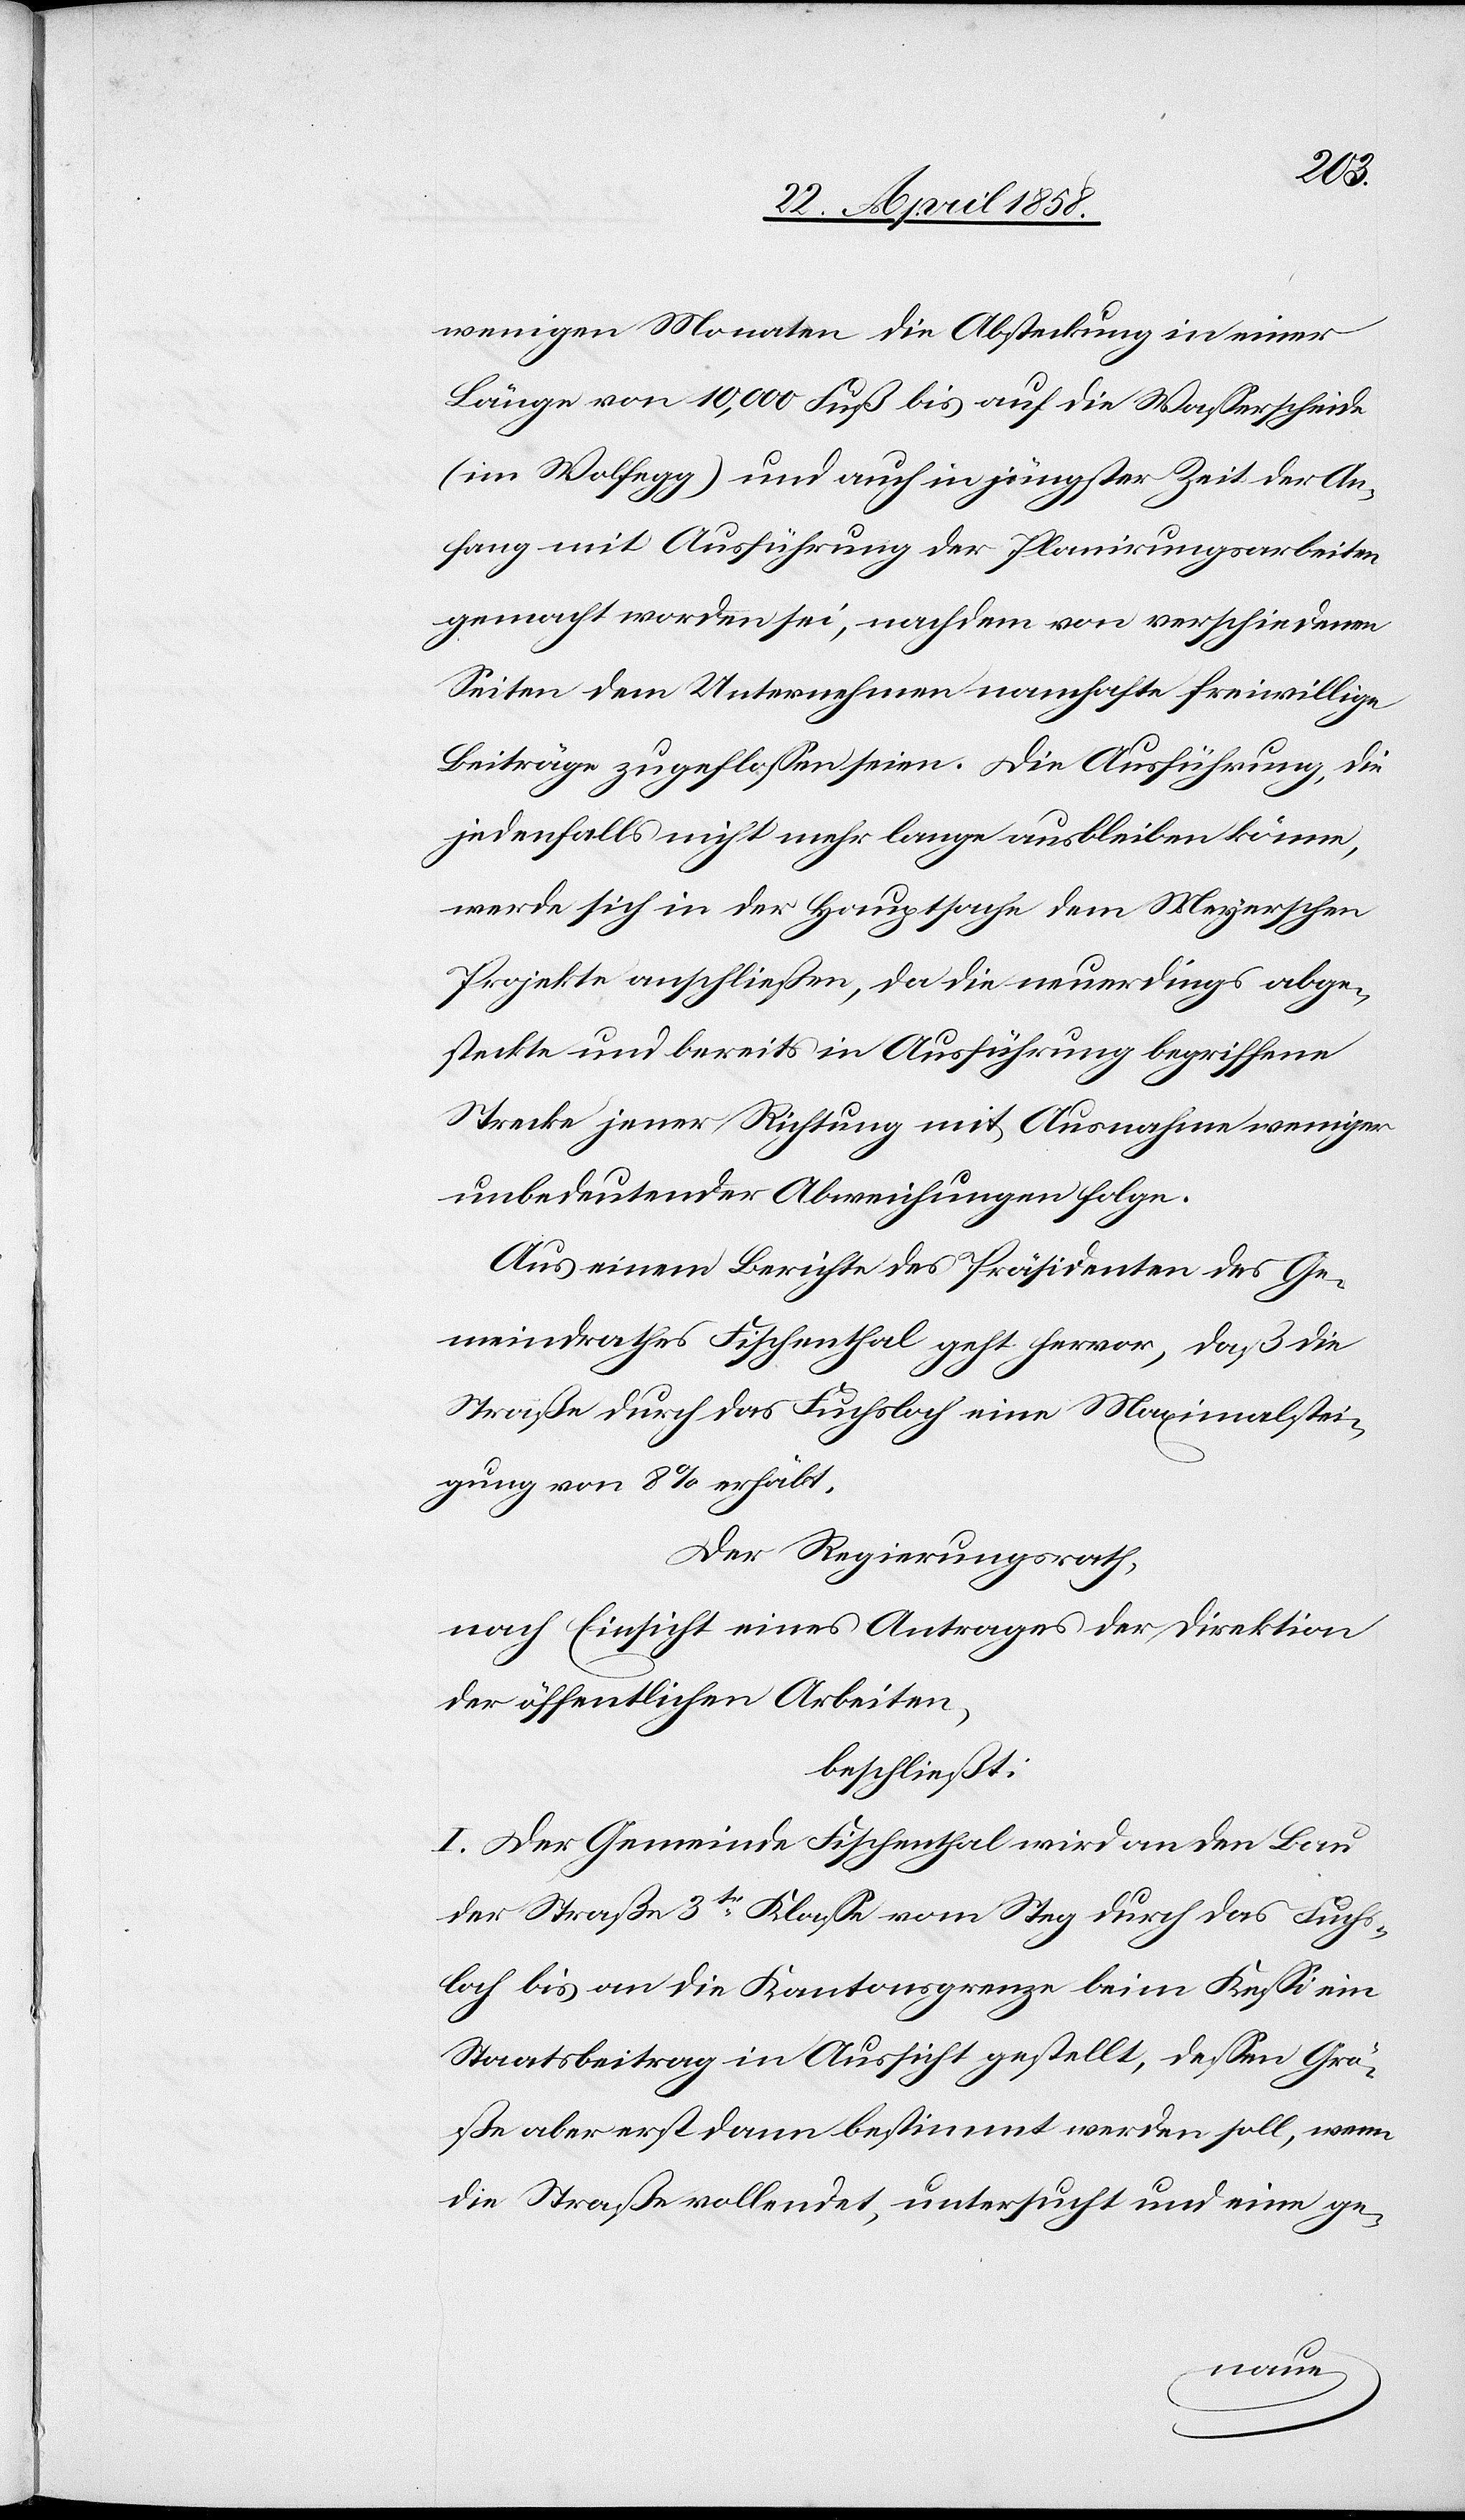
wenigen Monaten die Absteckung in einer
Länge von 10,000 Fuß bis auf die Wasserscheide
(im Wolfegg) und auch in jüngster Zeit der An¬
fang mit Ausführung der Planierungsarbeiten
gemacht worden sei, nachdem von verschiedenen
Seiten dem Unternehmen namhafte freiwillige
Beiträge zugeflossen seien. Die Ausführung, die
jedenfalls nicht mehr lange ausbleiben könne,
werde sich in der Hauptsache dem Meyerschen
Projekte anschließen, da die neuerdings abge¬
steckte und bereits in Ausführung begriffene
Strecke jener Richtung mit Ausnahme weniger
unbedeutender Abweichungen folge.
Aus einem Berichte des Präsidenten des Ge¬
meindraths Fischenthal geht hervor, daß die
Straße durch das Fuchsloch eine Maximalstei¬
gung von 8% erhält,
Der Regierungsrath,
nach Einsicht eines Antrages der Direktion
der öffentlichen Arbeiten,
beschließt:
I. Der Gemeinde Fischenthal wird an den Bau
der Straße 3tr Klasse vom Steg durch das Fuchs¬
loch bis an die Kantonsgrenze beim Kessi ein
Staatsbeitrag in Aussicht gestellt, dessen Grö¬
ße aber erst dann bestimmt werden soll, wenn
die Straße vollendet, untersucht und eine ge-